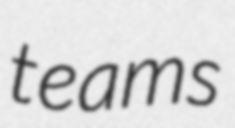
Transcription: teams